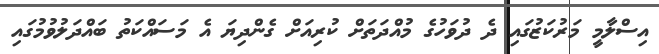
އިސްލާމީ މަރުކަޒުގައި ދެ ދުވަހުގެ މުއްދަތަށް ކުރިއަށް ގެންދިޔަ އެ މަސައްކަތު ބައްދަލުވުމުގައި